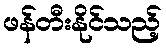
ဖန်တီးနိုင်သည့်